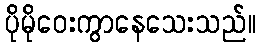
ပိုမိုဝေးကွာနေသေးသည်။